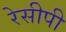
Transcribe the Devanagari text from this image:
रेसीपी